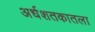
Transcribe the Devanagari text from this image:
अर्धशतकातला